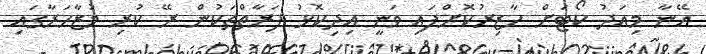
އޭނާ މިއަދު ކޯޓަށް ހާޒިރުކޮށްފައި ވަނީ އިދިކޮޅު ފަރާތްތަކުން ރޭ ކުރި މުޒާހަރާގައި